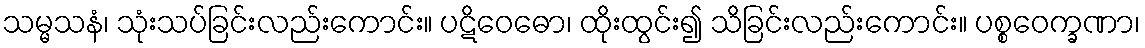
သမ္မသနံ၊ သုံးသပ်ခြင်းလည်းကောင်း။ ပဋိဝေဓော၊ ထိုးထွင်း၍ သိခြင်းလည်းကောင်း။ ပစ္စဝေက္ခဏာ၊